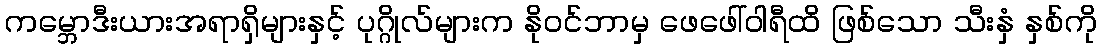
ကမ္ဘောဒီးယားအရာရှိများနှင့် ပုဂ္ဂိုလ်များက နိုဝင်ဘာမှ ဖေဖေါ်ဝါရီထိ ဖြစ်သော သီးနှံ နှစ်ကို